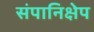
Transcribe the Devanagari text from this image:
संपानिक्षेप